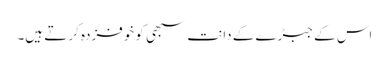
اس کے جبڑے کے دانت سبھی کو خوفزدہ کر تے ہیں۔